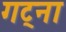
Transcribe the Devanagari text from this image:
गट्ना